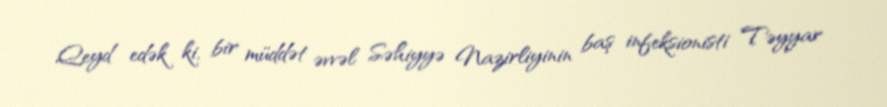
Qeyd edək ki, bir müddət əvvəl Səhiyyə Nazirliyinin baş infeksionisti Təyyar